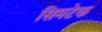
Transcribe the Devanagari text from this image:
सिमटेक